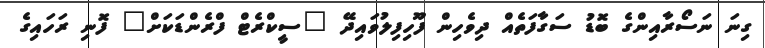
ގިނަ ނަސޯރާއިންގެ ބޮޑު ސަގާފަތެއް ދިވެހިން ފޫހިފިލުވައިދޭ "ސީކްރެޓް ފްރެންޑަކަށް" ފޮނި ރަހައިގެ